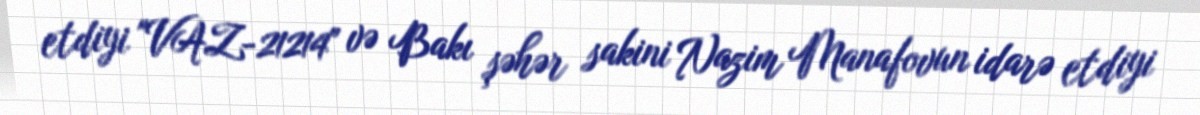
etdiyi "VAZ-21214" və Bakı şəhər sakini Nazim Manafovun idarə etdiyi